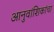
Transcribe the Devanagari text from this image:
आनुवांशिकांचा